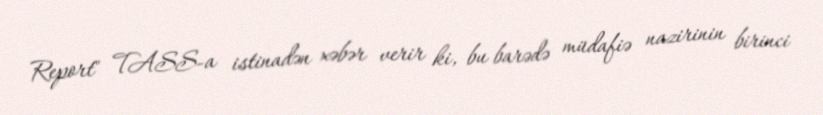
Report" TASS-a istinadən xəbər verir ki, bu barədə müdafiə nazirinin birinci